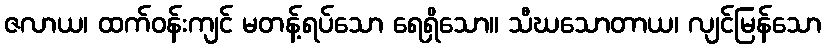
ဇလာယ၊ ထက်ဝန်းကျင် မတန့်ရပ်သော ရေရှိသော။ သီဃသောတာယ၊ လျင်မြန်သော